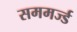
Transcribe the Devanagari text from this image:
सममर्ज्ड